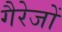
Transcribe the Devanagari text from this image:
गैरेजों